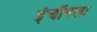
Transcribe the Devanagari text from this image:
इंचॉनला